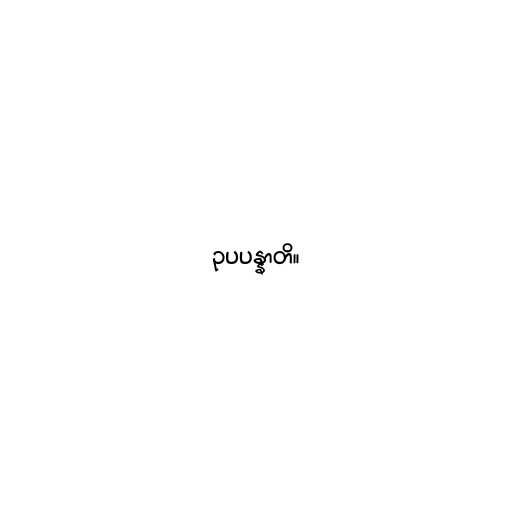
ဥပပန္နာတိ။